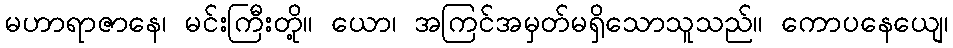
မဟာရာဇာနေ၊ မင်းကြီးတို့။ ယော၊ အကြင်အမှတ်မရှိသောသူသည်။ ကောပနေယျေ၊